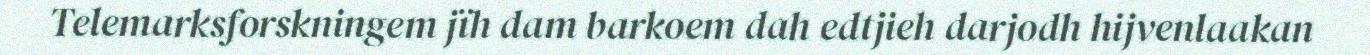
Telemarksforskningem jïh dam barkoem dah edtjieh darjodh hijvenlaakan